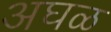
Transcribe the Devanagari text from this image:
अघळ